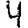
Digit: 4